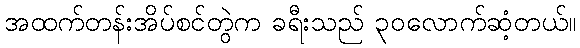
အထက်တန်းအိပ်စင်တွဲက ခရီးသည် ၃၀လောက်ဆံ့တယ်။